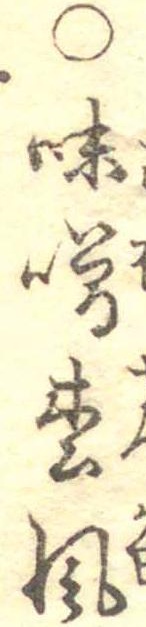
○味噌松風